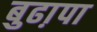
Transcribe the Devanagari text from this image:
बुढा़पा